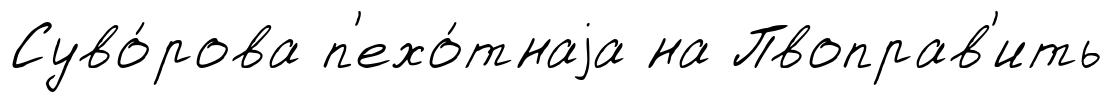
Суво́рова п'ехо́тнаjа на Пвоправ'ить